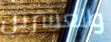
والعشرين